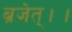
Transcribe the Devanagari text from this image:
ब्रजेत्।।